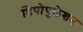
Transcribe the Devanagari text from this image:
डिपोपुलेशन